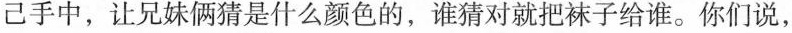
己手中，让兄妹俩猜是什么颜色的，谁猜对就把袜子给谁。你们说，